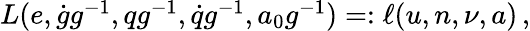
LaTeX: \begin{array}{r}{L(e,\dot{g}g^{-1},qg^{-1},\dot{q}g^{-1},a_{0}g^{-1})=:\ell(u,n,\nu,a)\, ,}\end{array}